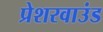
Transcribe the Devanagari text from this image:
प्रेशरवाउंड